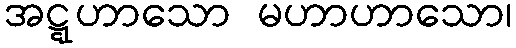
အဋ္ဋဟာသော မဟာဟာသော၊